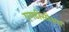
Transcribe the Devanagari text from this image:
एमटीसीआर